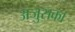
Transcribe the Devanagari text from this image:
अजुसका